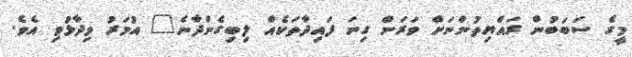
މީގެ ސަބަބުން ރައްޔިތުންނަށް ވަރަށް ގިނަ ފައިދާތަކެއް ލިބިގެންދާނެ" އުމަރު ވިދާޅުވި އެވެ.